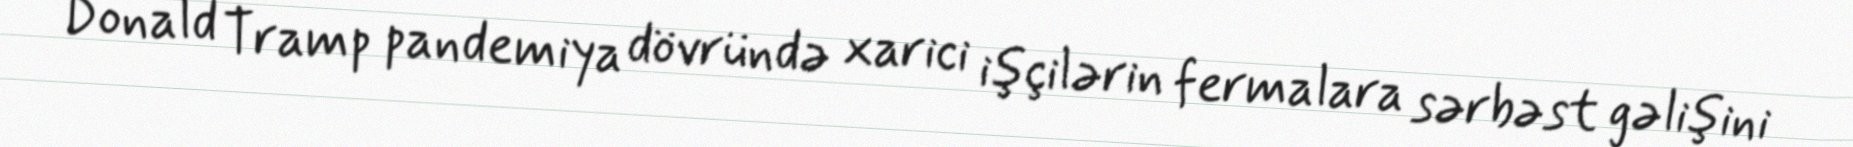
Donald Tramp pandemiya dövründə xarici işçilərin fermalara sərbəst gəlişini